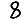
Digit: 8